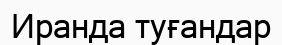
Иранда туғандар